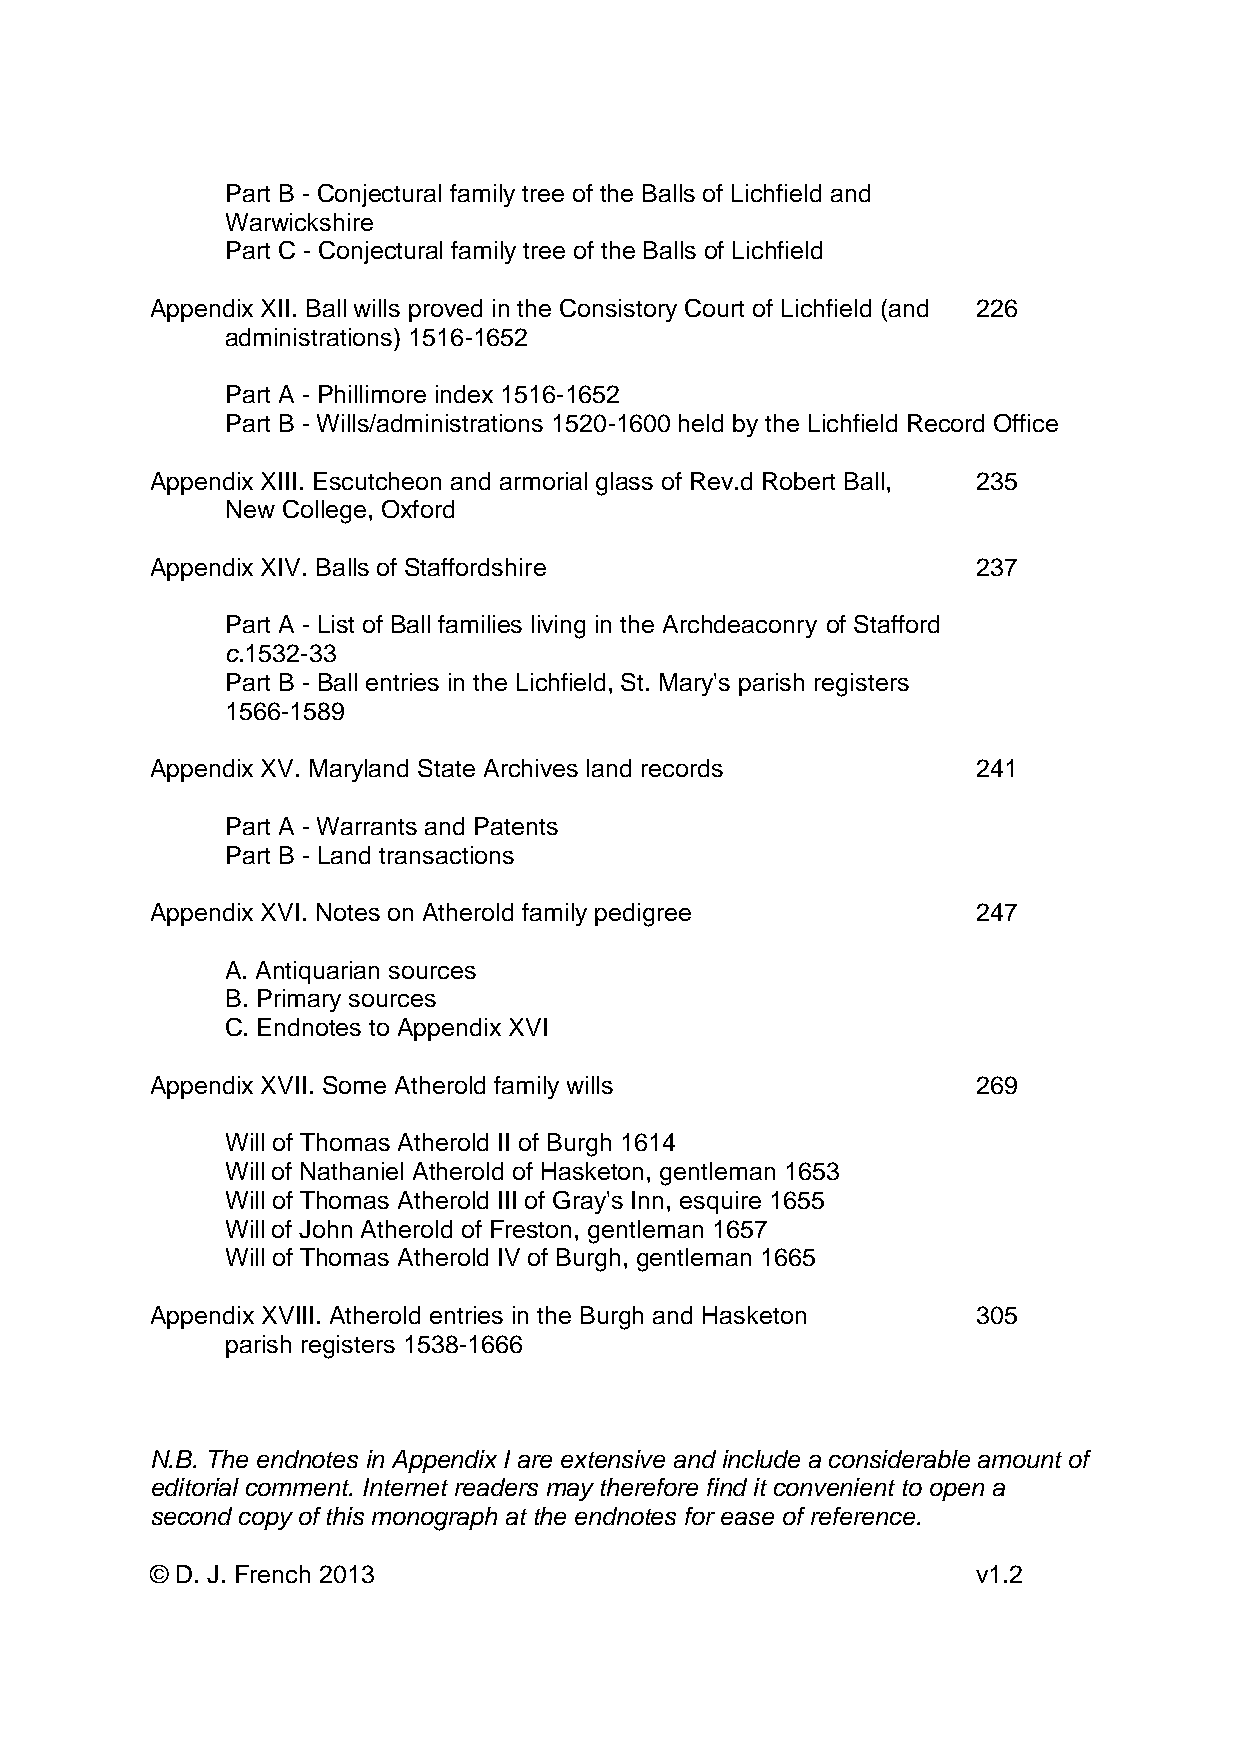
Part B - Conjectural family tree of the Balls of Lichfield and
 Warwickshire
 Part C - Conjectural family tree of the Balls of Lichfield
 Appendix XII. Ball wills proved in the Consistory Court of Lichfield (and 226
 administrations) 1516-1652
 Part A - Phillimore index 1516-1652
 Part B - Wills/administrations 1520-1600 held by the Lichfield Record Office
 Appendix XIII. Escutcheon and armorial glass of Rev.d Robert Ball, 235
 New College, Oxford
 Appendix XIV. Balls of Staffordshire                   237
 Part A - List of Ball families living in the Archdeaconry of Stafford
 c.1532-33
 Part B - Ball entries in the Lichfield, St. Mary's parish registers
 1566-1589
 Appendix XV. Maryland State Archives land records      241
 Part A - Warrants and Patents
 Part B - Land transactions
 Appendix XVI. Notes on Atherold family pedigree        247
 A. Antiquarian sources
 B. Primary sources
 C. Endnotes to Appendix XVI
 Appendix XVII. Some Atherold family wills              269
 Will of Thomas Atherold II of Burgh 1614
 Will of Nathaniel Atherold of Hasketon, gentleman 1653
 Will of Thomas Atherold III of Gray's Inn, esquire 1655
 Will of John Atherold of Freston, gentleman 1657
 Will of Thomas Atherold IV of Burgh, gentleman 1665
 Appendix XVIII. Atherold entries in the Burgh and Hasketon 305
 parish registers 1538-1666
 N.B. The endnotes in Appendix I are extensive and include a considerable amount of
 editorial comment. Internet readers may therefore find it convenient to open a
 second copy of this monograph at the endnotes for ease of reference.
 © D. J. French 2013                                    v1.2